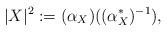
LaTeX: \begin{align*}|X|^2:=(\alpha_X) ((\alpha_X^*)^{-1}),\end{align*}